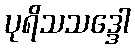
ပုရိသသဒ္ဒေါ